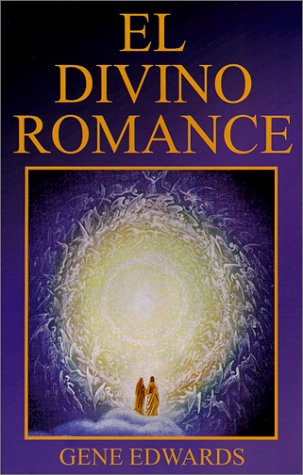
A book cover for El Divino Romance (Spanish Edition); Gene Edwards; Christian Books & Bibles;